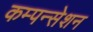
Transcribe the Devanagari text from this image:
कम्पन्सेशन